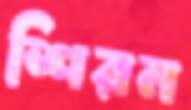
শিরন